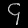
Digit: ၄